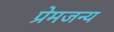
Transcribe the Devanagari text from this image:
प्रेमजन्य